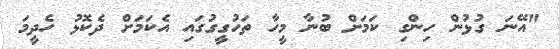
"އޭނަ ގުޅުން ހިންގި ކަމަށް ބުނާ މީހާ ތަހުގީގުގައި އެކަމަށް ދެކޮޅު ހެދީމަ